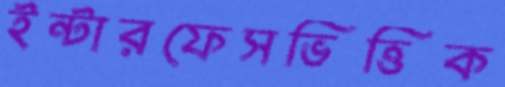
ইন্টারফেসভিত্তিক